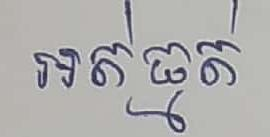
អត់ធ្មត់